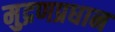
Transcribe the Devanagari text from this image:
मुद्रणप्रधान